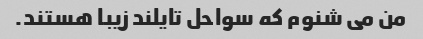
من می شنوم که سواحل تایلند زیبا هستند.